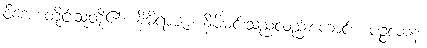
ဝိဒေဟတိုင်းသူတို့၏။ နိမိရာဇာ၊ နိမိမင်းသည်လည်းကောင်း။ ပဉ္စလာနံ၊